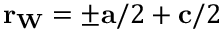
\mathbf { r _ { W } } = \pm \mathbf { a } / 2 + \mathbf { c } / 2